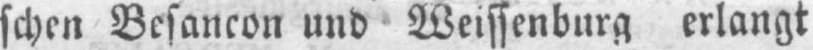
schen Besancon und Weissenburg erlangt